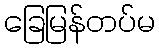
ခြေမြန်တပ်မ